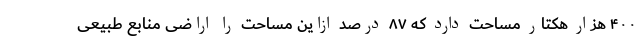
۴۰۰ هزار هکتار مساحت دارد که ۸۷ درصد ازاین مساحت را اراضی منابع طبیعی